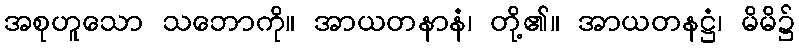
အစုဟူသော သဘောကို။ အာယတနာနံ၊ တို့၏။ အာယတနဋ္ဌံ၊ မိမိ၌